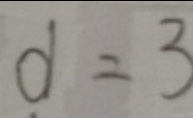
d = 3